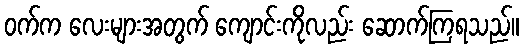
ဝက်က လေးများအတွက် ကျောင်းကိုလည်း ဆောက်ကြရသည်။